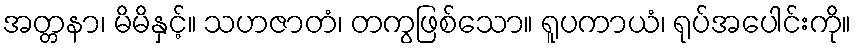
အတ္တနာ၊ မိမိနှင့်။ သဟဇာတံ၊ တကွဖြစ်သော။ ရူပကာယံ၊ ရုပ်အပေါင်းကို။